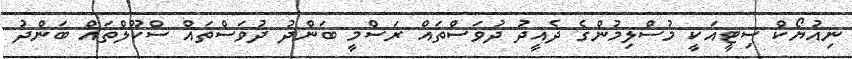
ނިއުޔޯކް ސިޓީއަކީ މުސްލިމުންގެ ދެއީދު ދުވަސްތައް ރަސްމީ ބަންދު ދުވަސްތައް ސްކޫލްތައް ބަންދު